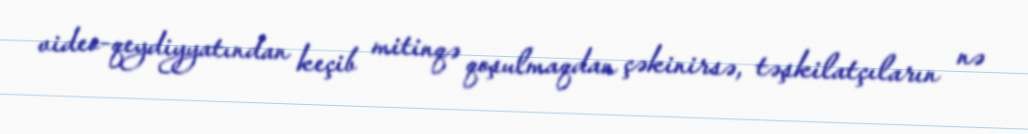
video-qeydiyyatından keçib mitinqə qoşulmaqdan çəkinirsə, təşkilatçıların nə